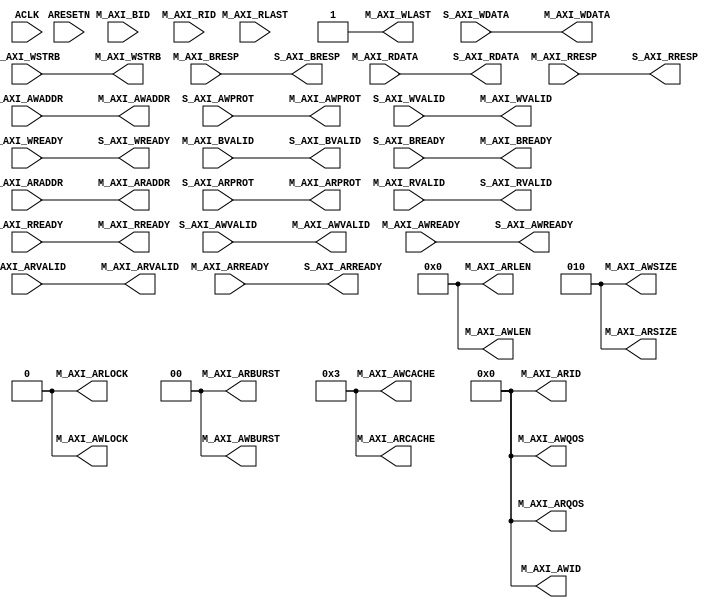
// This program was cloned from: https://github.com/3442/conspiracion
// License: GNU General Public License v3.0

////////////////////////////////////////////////////////////////////////////////
//
// {{{
// Project:	WB2AXIPSP: bus bridges and other odds and ends
//
// Purpose:	
//
// Creator:	Dan Gisselquist, Ph.D.
//		Gisselquist Technology, LLC
//
////////////////////////////////////////////////////////////////////////////////
// }}}
// Copyright (C) 2019-2024, Gisselquist Technology, LLC
// {{{
// This file is part of the WB2AXIP project.
//
// The WB2AXIP project contains free software and gateware, licensed under the
// Apache License, Version 2.0 (the "License").  You may not use this project,
// or this file, except in compliance with the License.  You may obtain a copy
// of the License at
//
//	http://www.apache.org/licenses/LICENSE-2.0
//
// Unless required by applicable law or agreed to in writing, software
// distributed under the License is distributed on an "AS IS" BASIS, WITHOUT
// WARRANTIES OR CONDITIONS OF ANY KIND, either express or implied.  See the
// License for the specific language governing permissions and limitations
// under the License.
//
////////////////////////////////////////////////////////////////////////////////
//
`default_nettype none
// }}}
module axilite2axi #(
		// {{{
		parameter	C_AXI_ID_WIDTH	= 4,
				C_AXI_ADDR_WIDTH= 32,
				C_AXI_DATA_WIDTH= 32,
		parameter [C_AXI_ID_WIDTH-1:0]	C_AXI_WRITE_ID = 0,
						C_AXI_READ_ID = 0
		// }}}
	) (
		// {{{
		input	wire				ACLK,
		input	wire				ARESETN,
		// Slave AXI interface
		// {{{
		// Slave write signals
		input	wire				S_AXI_AWVALID,
		output	wire				S_AXI_AWREADY,
		input	wire	[C_AXI_ADDR_WIDTH-1:0]	S_AXI_AWADDR,
		input	wire	[3-1:0]			S_AXI_AWPROT,
		// Slave write data signals
		input	wire				S_AXI_WVALID,
		output	wire				S_AXI_WREADY,
		input	wire	[C_AXI_DATA_WIDTH-1:0]	S_AXI_WDATA,
		input	wire	[C_AXI_DATA_WIDTH/8-1:0] S_AXI_WSTRB,
		// Slave return write response
		output	wire				S_AXI_BVALID,
		input	wire				S_AXI_BREADY,
		output	wire	[2-1:0]			S_AXI_BRESP,
		// Slave read signals
		input	wire				S_AXI_ARVALID,
		output	wire				S_AXI_ARREADY,
		input	wire	[C_AXI_ADDR_WIDTH-1:0]	S_AXI_ARADDR,
		input	wire	[3-1:0]			S_AXI_ARPROT,
		// Slave read data signals
		output	wire				S_AXI_RVALID,
		input	wire				S_AXI_RREADY,
		output	wire	[C_AXI_DATA_WIDTH-1:0]	S_AXI_RDATA,
		output	wire	[2-1:0]			S_AXI_RRESP,
		// }}}
		// Master AXI interface
		// {{{
		// Master interface write address
		output	wire				M_AXI_AWVALID,
		input	wire				M_AXI_AWREADY,
		output	wire	[C_AXI_ID_WIDTH-1:0]	M_AXI_AWID,
		output	wire	[C_AXI_ADDR_WIDTH-1:0]	M_AXI_AWADDR,
		output	wire	[8-1:0]			M_AXI_AWLEN,
		output	wire	[3-1:0]			M_AXI_AWSIZE,
		output	wire	[2-1:0]			M_AXI_AWBURST,
		output	wire				M_AXI_AWLOCK,
		output	wire	[4-1:0]			M_AXI_AWCACHE,
		output	wire	[3-1:0]			M_AXI_AWPROT,
		output	wire	[4-1:0]			M_AXI_AWQOS,
		// Master write data
		output	wire				M_AXI_WVALID,
		input	wire				M_AXI_WREADY,
		output	wire	[C_AXI_DATA_WIDTH-1:0]	M_AXI_WDATA,
		output	wire	[C_AXI_DATA_WIDTH/8-1:0] M_AXI_WSTRB,
		output	wire				M_AXI_WLAST,
		// Master write response
		input	wire				M_AXI_BVALID,
		output	wire				M_AXI_BREADY,
		input	wire	[C_AXI_ID_WIDTH-1:0]	M_AXI_BID,
		input	wire	[1:0]			M_AXI_BRESP,
		// Master interface read address
		output	wire				M_AXI_ARVALID,
		input	wire				M_AXI_ARREADY,
		output	wire	[C_AXI_ID_WIDTH-1:0]	M_AXI_ARID,
		output	wire	[C_AXI_ADDR_WIDTH-1:0]	M_AXI_ARADDR,
		output	wire	[8-1:0]			M_AXI_ARLEN,
		output	wire	[3-1:0]			M_AXI_ARSIZE,
		output	wire	[2-1:0]			M_AXI_ARBURST,
		output	wire				M_AXI_ARLOCK,
		output	wire	[4-1:0]			M_AXI_ARCACHE,
		output	wire	[3-1:0]			M_AXI_ARPROT,
		output	wire	[4-1:0]			M_AXI_ARQOS,
		// Master interface read data return
		input	wire				M_AXI_RVALID,
		output	wire				M_AXI_RREADY,
		input	wire	[C_AXI_ID_WIDTH-1:0]	M_AXI_RID,
		input	wire	[C_AXI_DATA_WIDTH-1:0]	M_AXI_RDATA,
		input	wire				M_AXI_RLAST,
		input	wire	[2-1:0]			M_AXI_RRESP
		// }}}
		// }}}
	);

	localparam	ADDRLSB = $clog2(C_AXI_DATA_WIDTH)-3;
	assign	M_AXI_AWID    = C_AXI_WRITE_ID;
	assign	M_AXI_AWADDR  = S_AXI_AWADDR;
	assign	M_AXI_AWLEN   = 0;
	assign	M_AXI_AWSIZE  = ADDRLSB[2:0];
	assign	M_AXI_AWBURST = 0;
	assign	M_AXI_AWLOCK  = 0;
	assign	M_AXI_AWCACHE = 4'b0011; // As recommended by Xilinx UG1037
	assign	M_AXI_AWPROT  = S_AXI_AWPROT;
	assign	M_AXI_AWQOS   = 0;
	assign	M_AXI_AWVALID = S_AXI_AWVALID;
	assign	S_AXI_AWREADY = M_AXI_AWREADY;
	// Master write data
	assign	M_AXI_WDATA   = S_AXI_WDATA;
	assign	M_AXI_WLAST   = 1;
	assign	M_AXI_WSTRB   = S_AXI_WSTRB;
	assign	M_AXI_WVALID  = S_AXI_WVALID;
	assign	S_AXI_WREADY  = M_AXI_WREADY;
	// Master write response
	assign	S_AXI_BRESP   = M_AXI_BRESP;
	assign	S_AXI_BVALID  = M_AXI_BVALID;
	assign	M_AXI_BREADY  = S_AXI_BREADY;
	//
	//
	assign	M_AXI_ARID    = C_AXI_READ_ID;
	assign	M_AXI_ARADDR  = S_AXI_ARADDR;
	assign	M_AXI_ARLEN   = 0;
	assign	M_AXI_ARSIZE  = ADDRLSB[2:0];
	assign	M_AXI_ARBURST = 0;
	assign	M_AXI_ARLOCK  = 0;
	assign	M_AXI_ARCACHE = 4'b0011; // As recommended by Xilinx UG1037
	assign	M_AXI_ARPROT  = S_AXI_ARPROT;
	assign	M_AXI_ARQOS   = 0;
	assign	M_AXI_ARVALID = S_AXI_ARVALID;
	assign	S_AXI_ARREADY = M_AXI_ARREADY;
	//
	assign	S_AXI_RDATA   = M_AXI_RDATA;
	assign	S_AXI_RRESP   = M_AXI_RRESP;
	assign	S_AXI_RVALID  = M_AXI_RVALID;
	assign	M_AXI_RREADY  = S_AXI_RREADY;

	// Make Verilator happy
	// Verilator lint_off UNUSED
	wire	unused;
	assign	unused = &{ 1'b0, ACLK, ARESETN, M_AXI_RLAST, M_AXI_RID, M_AXI_BID };
	// Verilator lint_on UNUSED

`ifdef	FORMAL
	//
	// The following are some of the properties used to verify this design
	//

	localparam	F_LGDEPTH = 10;

	wire	[F_LGDEPTH-1:0]	faxil_awr_outstanding,
				faxil_wr_outstanding, faxil_rd_outstanding;

	faxil_slave #(
			.C_AXI_ADDR_WIDTH(C_AXI_ADDR_WIDTH),
			.C_AXI_DATA_WIDTH(C_AXI_DATA_WIDTH),
			.F_LGDEPTH(10),
			.F_AXI_MAXRSTALL(4),
			.F_AXI_MAXWAIT(9),
			.F_AXI_MAXDELAY(0)
	) faxil(.i_clk(ACLK), .i_axi_reset_n(ARESETN),
		//
		.i_axi_awvalid(S_AXI_AWVALID),
		.i_axi_awready(S_AXI_AWREADY),
		.i_axi_awaddr( S_AXI_AWADDR),
		.i_axi_awprot( S_AXI_AWPROT),
		//
		.i_axi_wvalid(S_AXI_WVALID),
		.i_axi_wready(S_AXI_WREADY),
		.i_axi_wdata( S_AXI_WDATA),
		.i_axi_wstrb( S_AXI_WSTRB),
		//
		.i_axi_bvalid(S_AXI_BVALID),
		.i_axi_bready(S_AXI_BREADY),
		.i_axi_bresp( S_AXI_BRESP),
		//
		.i_axi_arvalid(S_AXI_ARVALID),
		.i_axi_arready(S_AXI_ARREADY),
		.i_axi_araddr( S_AXI_ARADDR),
		.i_axi_arprot( S_AXI_ARPROT),
		//
		//
		.i_axi_rvalid(S_AXI_RVALID),
		.i_axi_rready(S_AXI_RREADY),
		.i_axi_rdata( S_AXI_RDATA),
		.i_axi_rresp( S_AXI_RRESP),
		//
		.f_axi_awr_outstanding(faxil_awr_outstanding),
		.f_axi_wr_outstanding(faxil_wr_outstanding),
		.f_axi_rd_outstanding(faxil_rd_outstanding));

	//
	// ...
	//

	faxi_master #(
			.C_AXI_ID_WIDTH(C_AXI_ID_WIDTH),
			.C_AXI_ADDR_WIDTH(C_AXI_ADDR_WIDTH),
			.C_AXI_DATA_WIDTH(C_AXI_DATA_WIDTH),
			.OPT_MAXBURST(0),
			.OPT_EXCLUSIVE(1'b0),
			.OPT_NARROW_BURST(1'b0),
			.F_OPT_NO_RESET(1'b1),
			.F_LGDEPTH(10),
			.F_AXI_MAXSTALL(4),
			.F_AXI_MAXRSTALL(0),
			.F_AXI_MAXDELAY(4)
	) faxi(.i_clk(ACLK), .i_axi_reset_n(ARESETN),
		//
		.i_axi_awready(M_AXI_AWREADY),
		.i_axi_awid(   M_AXI_AWID),
		.i_axi_awaddr( M_AXI_AWADDR),
		.i_axi_awlen(  M_AXI_AWLEN),
		.i_axi_awsize( M_AXI_AWSIZE),
		.i_axi_awburst(M_AXI_AWBURST),
		.i_axi_awlock( M_AXI_AWLOCK),
		.i_axi_awcache(M_AXI_AWCACHE),
		.i_axi_awprot( M_AXI_AWPROT),
		.i_axi_awqos(  M_AXI_AWQOS),
		.i_axi_awvalid(M_AXI_AWVALID),
		//
		.i_axi_wready(M_AXI_WREADY),
		.i_axi_wdata( M_AXI_WDATA),
		.i_axi_wstrb( M_AXI_WSTRB),
		.i_axi_wlast( M_AXI_WLAST),
		.i_axi_wvalid(M_AXI_WVALID),
		//
		.i_axi_bready(M_AXI_BREADY),
		.i_axi_bid(   M_AXI_BID),
		.i_axi_bresp( M_AXI_BRESP),
		.i_axi_bvalid(M_AXI_BVALID),
		//
		.i_axi_arready(M_AXI_ARREADY),
		.i_axi_arid(   M_AXI_ARID),
		.i_axi_araddr( M_AXI_ARADDR),
		.i_axi_arlen(  M_AXI_ARLEN),
		.i_axi_arsize( M_AXI_ARSIZE),
		.i_axi_arburst(M_AXI_ARBURST),
		.i_axi_arlock( M_AXI_ARLOCK),
		.i_axi_arcache(M_AXI_ARCACHE),
		.i_axi_arprot( M_AXI_ARPROT),
		.i_axi_arqos(  M_AXI_ARQOS),
		.i_axi_arvalid(M_AXI_ARVALID),
		//
		.i_axi_rid(   M_AXI_RID),
		.i_axi_rdata( M_AXI_RDATA),
		.i_axi_rready(M_AXI_RREADY),
		.i_axi_rresp( M_AXI_RRESP),
		.i_axi_rvalid(M_AXI_RVALID),
		//
		.f_axi_awr_nbursts(faxi_awr_nbursts),
		.f_axi_wr_pending(faxi_wr_pending),
		.f_axi_rd_nbursts(faxi_rd_nbursts),
		.f_axi_rd_outstanding(faxi_rd_outstanding)
		//
		// ...
		//
		);


	////////////////////////////////////////////////////////////////////////
	//
	// Induction rule checks
	//
	////////////////////////////////////////////////////////////////////////
	//
	//

	// First rule: the AXI solver isn't permitted to have any more write
	// bursts outstanding than the AXI-lite interface has.
	always @(*)
		assert(faxi_awr_nbursts == faxil_awr_outstanding);

	//
	// Second: Since our bursts are limited to one value each, and since
	// we can't send address bursts ahead of their data counterparts,
	// (AXI property limitation) faxi_wr_pending can only ever be one or
	// zero, and the counters must match
	always @(*)
	begin
		//
		// ...
		//

		if (faxil_awr_outstanding != 0)
		begin
			assert((faxil_awr_outstanding == faxil_wr_outstanding)
			||(faxil_awr_outstanding-1 == faxil_wr_outstanding));
		end

		if (faxil_awr_outstanding == 0)
			assert(faxil_wr_outstanding == 0);
	end

	//
	// ...
	//

	////////////////////////////////////////////////////////////////////////
	//
	// Known "bugs"
	//
	////////////////////////////////////////////////////////////////////////
	//
	// These are really more limitations in the AXI properties than
	// bugs in the code, but they need to be documented here.
	//
	generate if (C_AXI_DATA_WIDTH > 8)
	begin
		// The AXI-lite property checker doesn't validate WSTRB
		// values like it should.  If we don't force the AWADDR
		// LSBs to zero, the solver will pick an invalid WSTRB.
		//
		always @(*)
			assume(S_AXI_AWADDR[$clog2(C_AXI_DATA_WIDTH)-3:0] == 0);
		always @(*)
			assert(faxi_wr_addr[$clog2(C_AXI_DATA_WIDTH)-3:0] == 0);
	end endgenerate

	//
	// The AXI solver can't handle write transactions without either a
	// concurrent or proceeding write address burst.  Here we make that
	// plain.  It's not likely to cause any problems, but still worth
	// noting.
	always @(*)
	if (faxil_awr_outstanding == faxil_wr_outstanding)
		assume(S_AXI_AWVALID || !S_AXI_WVALID);
	else if (faxil_awr_outstanding > faxil_wr_outstanding)
		assume(!S_AXI_AWVALID);

	//
	// We need to make certain that our counters never overflow.  This is
	// an assertion within the property checkers, so we need an appropriate
	// matching assumption here.  In practice, F_LGDEPTH could be set
	// so arbitrarily large that this assumption would never get hit,
	// but the solver doesn't know that.
	always @(*)
	if (faxil_rd_outstanding >= {{(F_LGDEPTH-1){1'b1}}, 1'b0 })
		assume(!S_AXI_ARVALID);

	always @(*)
	if (faxil_awr_outstanding >= {{(F_LGDEPTH-1){1'b1}}, 1'b0 })
		assume(!S_AXI_AWVALID);

`endif
endmodule
`ifndef	YOSYS
`default_nettype wire
`endif